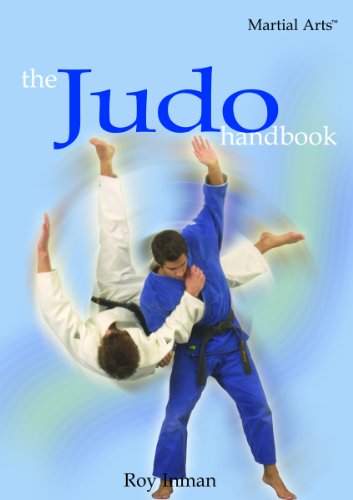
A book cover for The Judo Handbook (Martial Arts (Rosen)); Roy Inman; Teen & Young Adult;